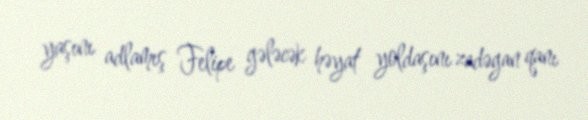
yaşını adlamış Felipe gələcək həyat yoldaşını zadəgan qanı